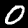
Digit: 0